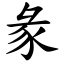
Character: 彖